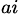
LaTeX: ^{ai}